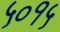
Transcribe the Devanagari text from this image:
५०१५